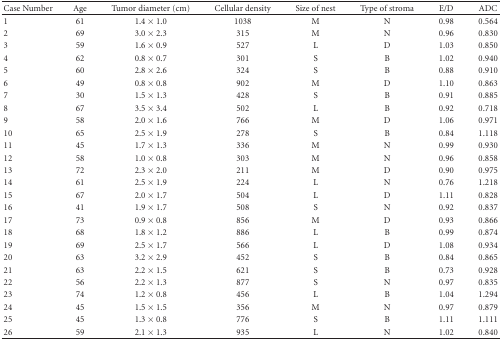
<table><thead><tr><td><b>Case Number</b></td><td><b>Age</b></td><td><b>Tumor diameter (cm)</b></td><td><b>Cellular density</b></td><td><b>Size of nest</b></td><td><b>Type of stroma</b></td><td><b>E/D</b></td><td><b>ADC</b></td></tr></thead><tbody><tr><td>1</td><td>61</td><td>1.4 × 1.0</td><td>1038</td><td>M</td><td>N</td><td>0.98</td><td>0.564</td></tr><tr><td>2</td><td>69</td><td>3.0 × 2.3</td><td>315</td><td>M</td><td>N</td><td>0.96</td><td>0.830</td></tr><tr><td>3</td><td>59</td><td>1.6 × 0.9</td><td>527</td><td>L</td><td>D</td><td>1.03</td><td>0.850</td></tr><tr><td>4</td><td>62</td><td>0.8 × 0.7</td><td>301</td><td>S</td><td>B</td><td>1.02</td><td>0.940</td></tr><tr><td>5</td><td>60</td><td>2.8 × 2.6</td><td>324</td><td>S</td><td>B</td><td>0.88</td><td>0.910</td></tr><tr><td>6</td><td>49</td><td>0.8 × 0.8</td><td>902</td><td>M</td><td>D</td><td>1.10</td><td>0.863</td></tr><tr><td>7</td><td>30</td><td>1.5 × 1.3</td><td>428</td><td>S</td><td>B</td><td>0.91</td><td>0.885</td></tr><tr><td>8</td><td>67</td><td>3.5 × 3.4</td><td>502</td><td>L</td><td>B</td><td>0.92</td><td>0.718</td></tr><tr><td>9</td><td>58</td><td>2.0 × 1.6</td><td>766</td><td>M</td><td>D</td><td>1.06</td><td>0.971</td></tr><tr><td>10</td><td>65</td><td>2.5 × 1.9</td><td>278</td><td>S</td><td>B</td><td>0.84</td><td>1.118</td></tr><tr><td>11</td><td>45</td><td>1.7 × 1.3</td><td>336</td><td>M</td><td>N</td><td>0.99</td><td>0.930</td></tr><tr><td>12</td><td>58</td><td>1.0 × 0.8</td><td>303</td><td>M</td><td>N</td><td>0.96</td><td>0.858</td></tr><tr><td>13</td><td>72</td><td>2.3 × 2.0</td><td>211</td><td>M</td><td>D</td><td>0.90</td><td>0.975</td></tr><tr><td>14</td><td>61</td><td>2.5 × 1.9</td><td>224</td><td>L</td><td>N</td><td>0.76</td><td>1.218</td></tr><tr><td>15</td><td>67</td><td>2.0 × 1.7</td><td>504</td><td>L</td><td>D</td><td>1.11</td><td>0.828</td></tr><tr><td>16</td><td>41</td><td>1.9 × 1.7</td><td>508</td><td>S</td><td>N</td><td>0.92</td><td>0.837</td></tr><tr><td>17</td><td>73</td><td>0.9 × 0.8</td><td>856</td><td>M</td><td>D</td><td>0.93</td><td>0.866</td></tr><tr><td>18</td><td>68</td><td>1.8 × 1.2</td><td>886</td><td>L</td><td>B</td><td>0.99</td><td>0.874</td></tr><tr><td>19</td><td>69</td><td>2.5 × 1.7</td><td>566</td><td>L</td><td>D</td><td>1.08</td><td>0.934</td></tr><tr><td>20</td><td>63</td><td>3.2 × 2.9</td><td>452</td><td>S</td><td>B</td><td>0.84</td><td>0.865</td></tr><tr><td>21</td><td>63</td><td>2.2 × 1.5</td><td>621</td><td>S</td><td>B</td><td>0.73</td><td>0.928</td></tr><tr><td>22</td><td>56</td><td>2.2 × 1.3</td><td>877</td><td>S</td><td>N</td><td>0.97</td><td>0.835</td></tr><tr><td>23</td><td>74</td><td>1.2 × 0.8</td><td>456</td><td>L</td><td>B</td><td>1.04</td><td>1.294</td></tr><tr><td>24</td><td>45</td><td>1.5 × 1.5</td><td>356</td><td>M</td><td>N</td><td>0.97</td><td>0.879</td></tr><tr><td>25</td><td>45</td><td>1.3 × 0.8</td><td>776</td><td>S</td><td>B</td><td>1.11</td><td>1.111</td></tr><tr><td>26</td><td>59</td><td>2.1 × 1.3</td><td>935</td><td>L</td><td>N</td><td>1.02</td><td>0.840</td></tr></tbody></table>